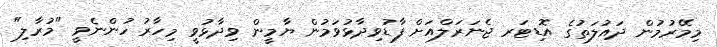
މިމޭރުމުން ދައުލަތުގެ އޮޑިޓަރ ޖެނަރަލްއަށް ފާޑުވިދާޅުވަމުން ޔާމީން ވިދާޅުވީ މިހާރު ހުންނެވީ "މުރާލި"